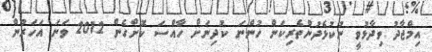
އިމްޖާދު ވިދާޅުވީ ނުކުޅެދުންތެރިކަން ހުންނަ ކުދިނަށް ހާއްސަ ކޮށްގެން 2012 ވަނަ އަހަރުން